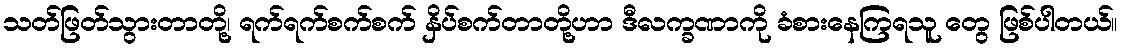
သတ်ဖြတ်သွားတာတို့၊ ရက်ရက်စက်စက် နှိပ်စက်တာတို့ဟာ ဒီလက္ခဏာကို ခံစားနေကြရသူ တွေ ဖြစ်ပါတယ်။